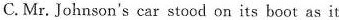
C.Mr. Johnson's car stood on its boot as it